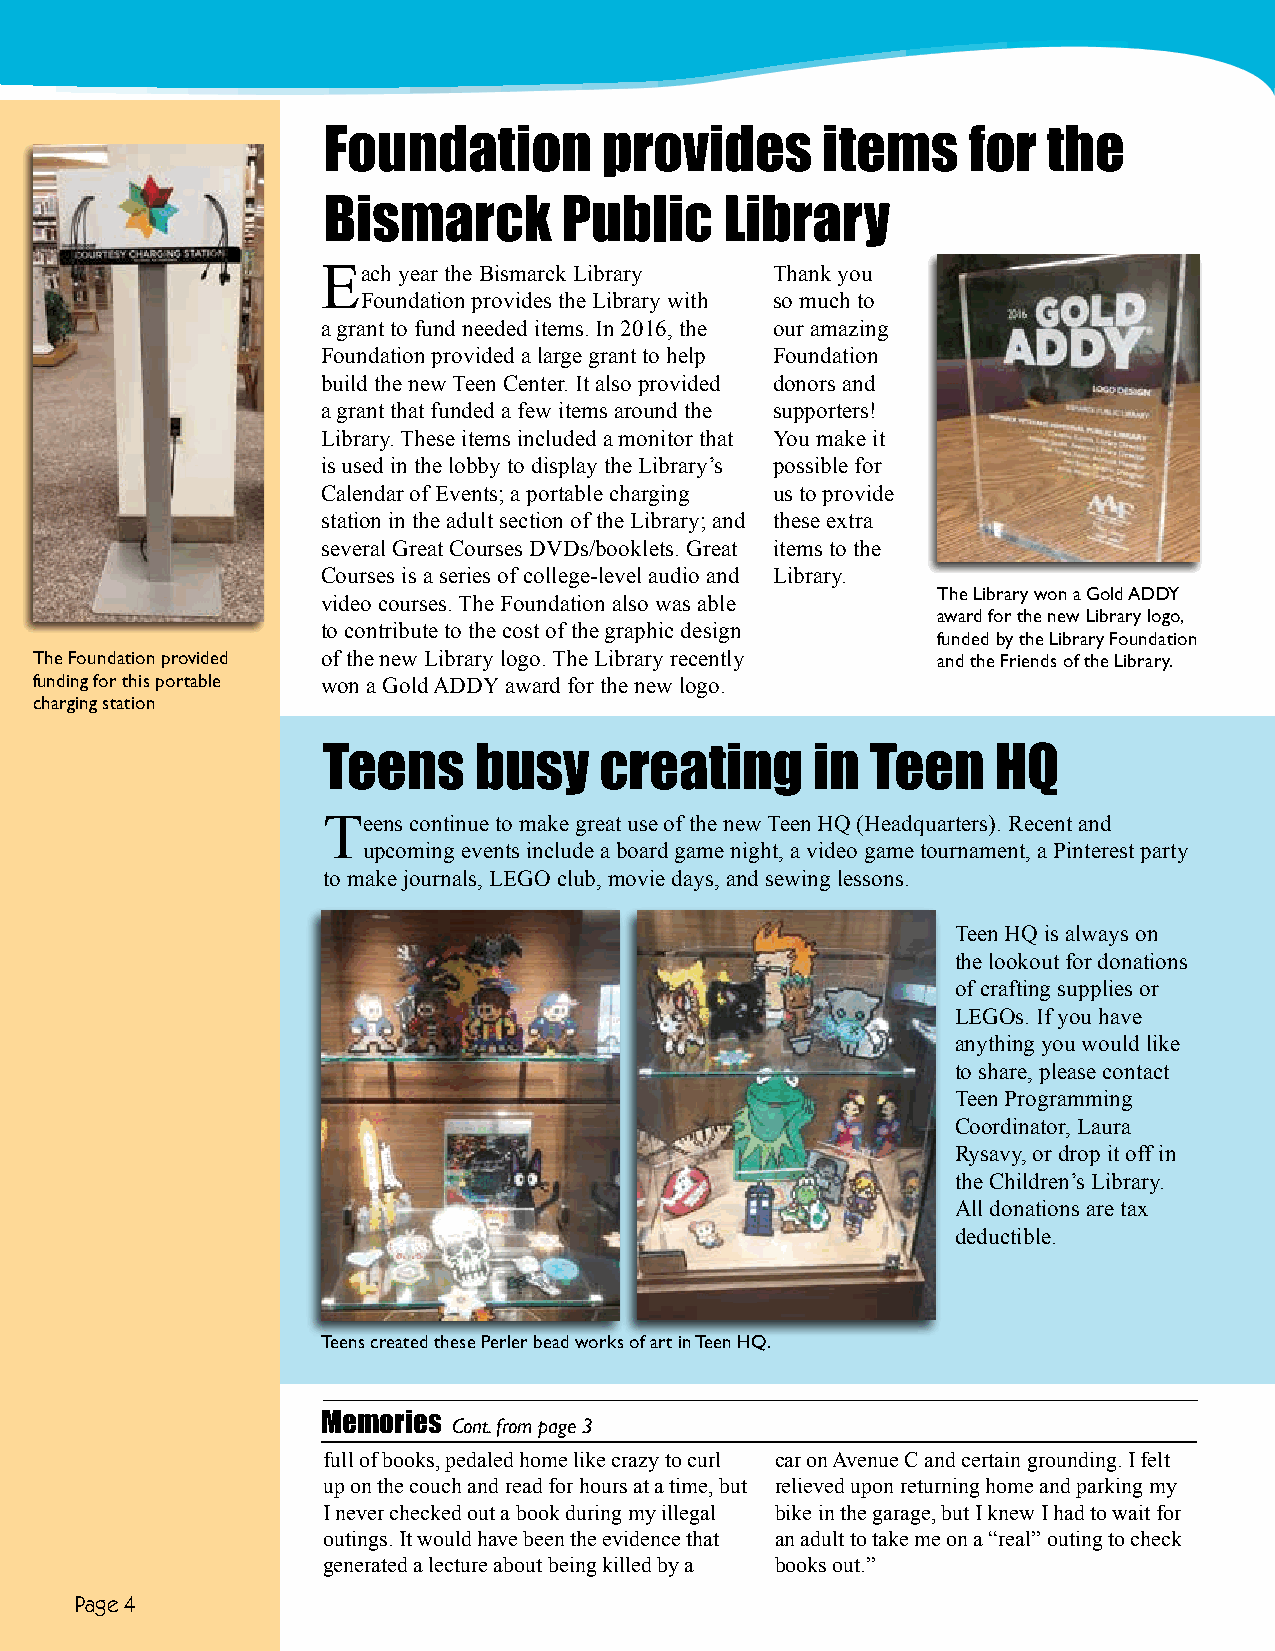
Foundation         provides      items     for  the
 Bismarck        Public     Library
 Each year the Bismarck Library Thank you
 Foundation provides the Library with so much to
 a grant to fund needed items. In 2016, the our amazing
 Foundation provided a large grant to help Foundation
 build the new Teen Center. It also provided donors and
 a grant that funded a few items around the supporters!
 Library. These items included a monitor that You make it
 is used in the lobby to display the Library’s possible for
 Calendar of Events; a portable charging us to provide
 station in the adult section of the Library; and these extra
 several Great Courses DVDs/booklets. Great items to the
 Courses is a series of college-level audio and Library.
 The Library won a Gold ADDY
 video courses. The Foundation also was able
 award for the new Library logo,
 to contribute to the cost of the graphic design
 funded by the Library Foundation
 The Foundation provided of the new Library logo. The Library recently and the Friends of the Library.
 funding for this portable won a Gold ADDY award for the new logo.
 charging station
 Teens     busy     creating      in  Teen    HQ
 Teens continue to make great use of the new Teen HQ (Headquarters). Recent and
 upcoming events include a board game night, a video game tournament, a Pinterest party
 to make journals, LEGO club, movie days, and sewing lessons.
 Teen HQ is always on
 the lookout for donations
 of crafting supplies or
 LEGOs. If you have
 anything you would like
 to share, please contact
 Teen Programming
 Coordinator, Laura
 Rysavy, or drop it off in
 the Children’s Library.
 All donations are tax
 deductible.
 Teens created these Perler bead works of art in Teen HQ.
 Memories Cont. from page 3
 full of books, pedaled home like crazy to curl car on Avenue C and certain grounding. I felt
 up on the couch and read for hours at a time, but relieved upon returning home and parking my
 I never checked out a book during my illegal bike in the garage, but I knew I had to wait for
 outings. It would have been the evidence that an adult to take me on a “real” outing to check
 generated a lecture about being killed by a books out.”
 Page 4